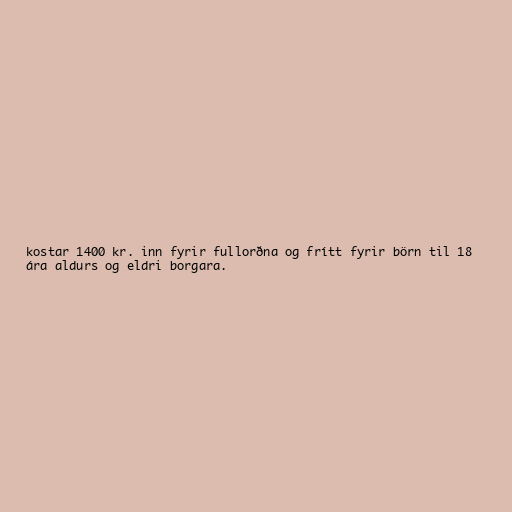
kostar 1400 kr. inn fyrir fullorðna og frítt fyrir börn til 18
ára aldurs og eldri borgara.